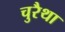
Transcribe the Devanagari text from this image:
चुरैथा